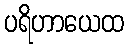
ပရိဟာယေထ